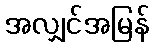
အလျှင်အမြန်